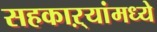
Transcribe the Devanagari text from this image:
सहकाऱ्यांमध्ये